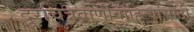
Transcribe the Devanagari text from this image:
दूरचित्रवाणीवाहिन्यांसाठी